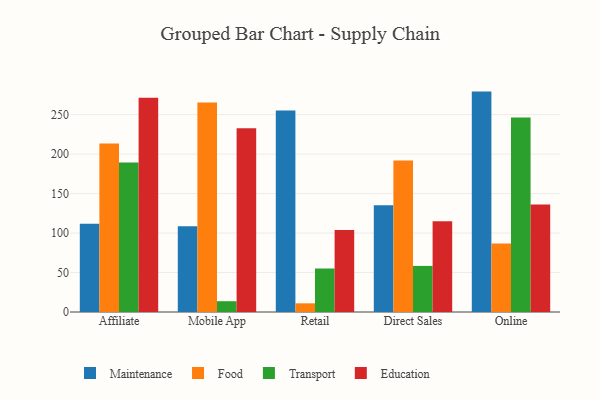
{"axis": {"x": "Channel", "y": "Active Users"}, "legend": ["Education", "Food", "Maintenance", "Transport"], "data": [{"x": "Affiliate", "y": 111.7, "type": "Maintenance"}, {"x": "Affiliate", "y": 213.6, "type": "Food"}, {"x": "Affiliate", "y": 189.4, "type": "Transport"}, {"x": "Affiliate", "y": 271.5, "type": "Education"}, {"x": "Mobile App", "y": 108.7, "type": "Maintenance"}, {"x": "Mobile App", "y": 265.3, "type": "Food"}, {"x": "Mobile App", "y": 13.7, "type": "Transport"}, {"x": "Mobile App", "y": 232.7, "type": "Education"}, {"x": "Retail", "y": 255.1, "type": "Maintenance"}, {"x": "Retail", "y": 11.0, "type": "Food"}, {"x": "Retail", "y": 55.1, "type": "Transport"}, {"x": "Retail", "y": 104.0, "type": "Education"}, {"x": "Direct Sales", "y": 135.3, "type": "Maintenance"}, {"x": "Direct Sales", "y": 192.0, "type": "Food"}, {"x": "Direct Sales", "y": 58.4, "type": "Transport"}, {"x": "Direct Sales", "y": 114.9, "type": "Education"}, {"x": "Online", "y": 279.2, "type": "Maintenance"}, {"x": "Online", "y": 86.8, "type": "Food"}, {"x": "Online", "y": 246.3, "type": "Transport"}, {"x": "Online", "y": 136.3, "type": "Education"}]}